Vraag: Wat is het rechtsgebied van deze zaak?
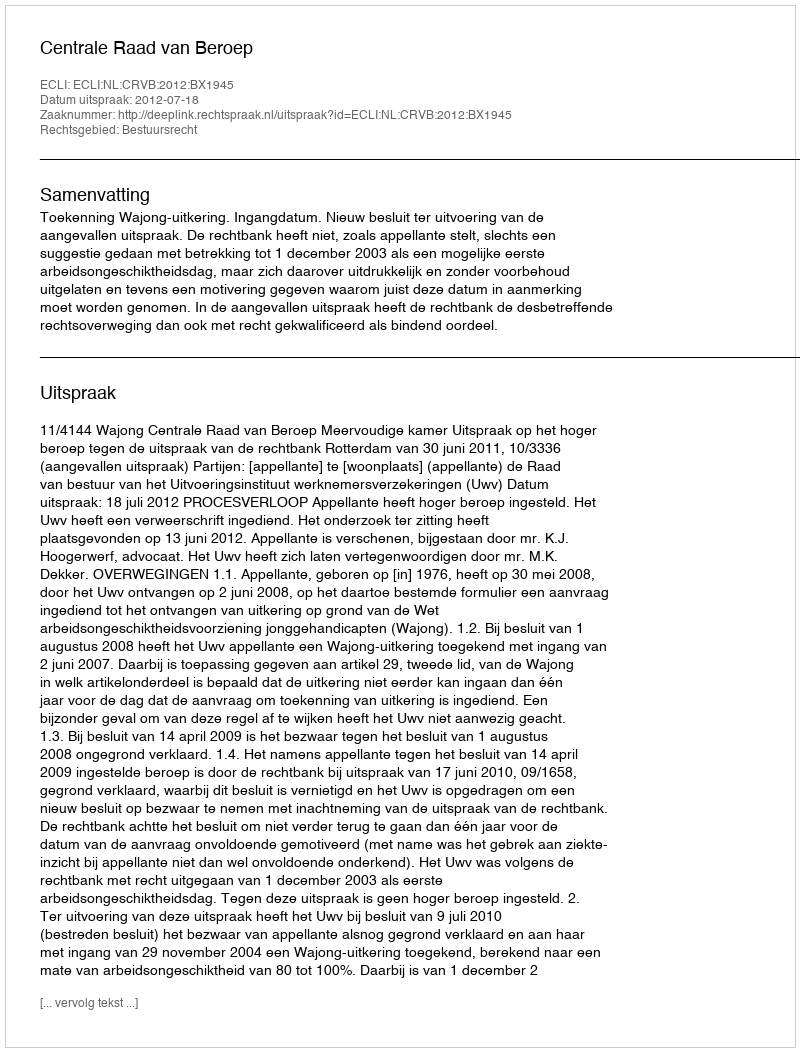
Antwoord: Bestuursrecht